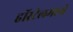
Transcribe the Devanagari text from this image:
हॉस्टेलमध्ये